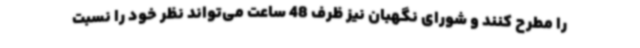
را مطرح کنند و شورای نگهبان نیز ظرف 48 ساعت می‌تواند نظر خود را نسبت